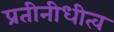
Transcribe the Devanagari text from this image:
प्रतीनीधीत्व